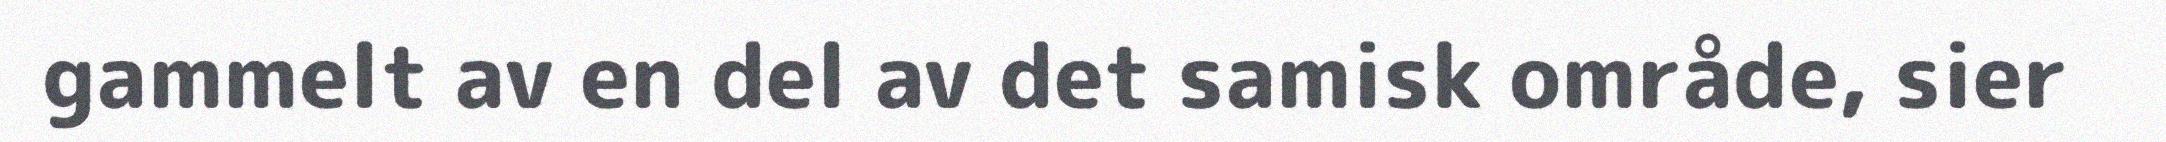
gammelt av en del av det samisk område, sier